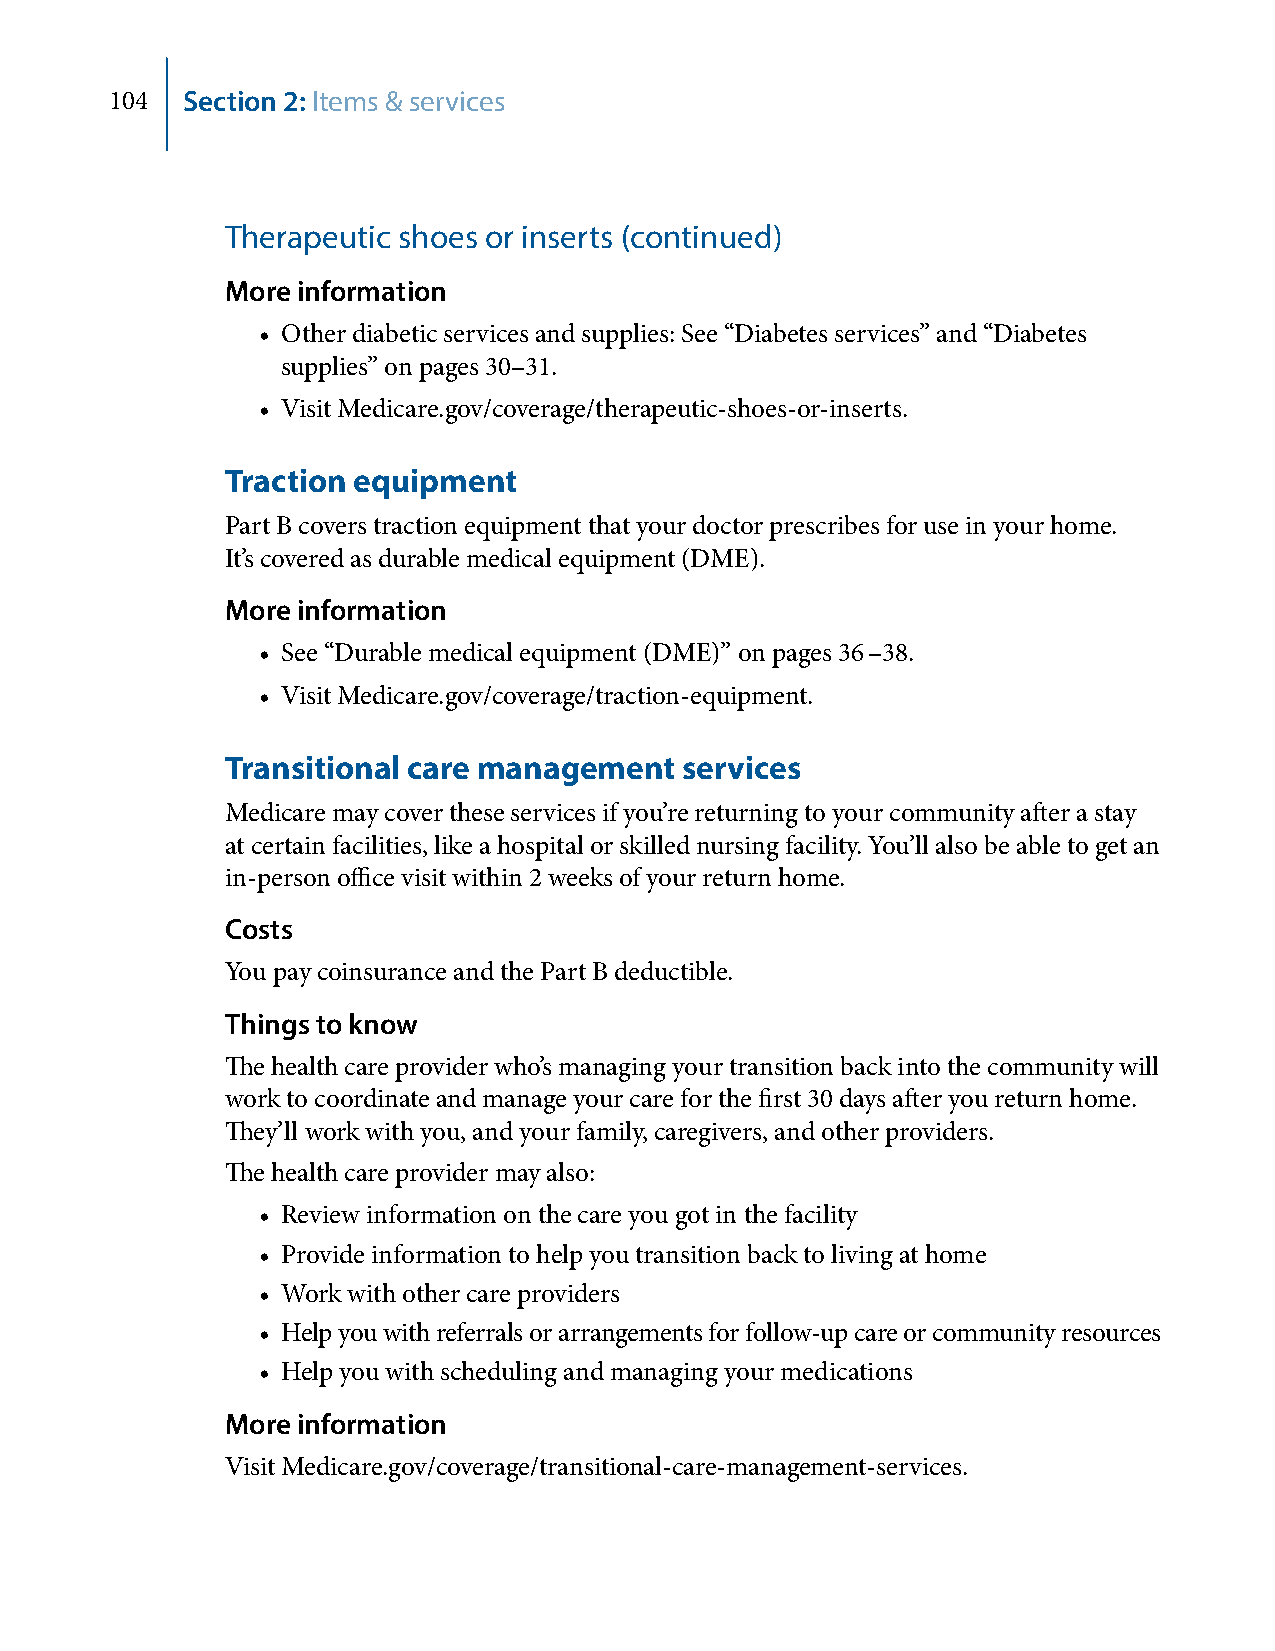
104  Section 2: Items & services
 Therapeutic shoes or inserts (continued)
 More information
 • Other diabetic services and supplies: See “Diabetes services” and “Diabetes
 supplies” on pages 30–31.
 • Visit Medicare.gov/coverage/therapeutic-shoes-or-inserts.
 Traction equipment
 Part B covers traction equipment that your doctor prescribes for use in your home.
 It’s covered as durable medical equipment (DME).
 More information
 • See “Durable medical equipment (DME)” on pages 36 –38.
 • Visit Medicare.gov/coverage/traction-equipment.
 Transitional care management  services
 Medicare may cover these services if you’re returning to your community after a stay
 at certain facilities, like a hospital or skilled nursing facility. You’ll also be able to get an
 in-person office visit within 2 weeks of your return home.
 Costs
 You pay coinsurance and the Part B deductible.
 Things to know
 The health care provider who’s managing your transition back into the community will
 work to coordinate and manage your care for the first 30 days after you return home.
 They’ll work with you, and your family, caregivers, and other providers.
 The health care provider may also:
 • Review information on the care you got in the facility
 • Provide information to help you transition back to living at home
 • Work with other care providers
 • Help you with referrals or arrangements for follow-up care or community resources
 • Help you with scheduling and managing your medications
 More information
 Visit Medicare.gov/coverage/transitional-care-management-services.